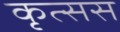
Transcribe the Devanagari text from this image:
कृत्सस